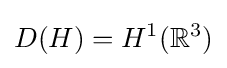
D(H)=H^{1}(\mathbb {R} ^{3})